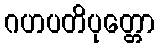
ဂဟပတိပုတ္တော